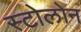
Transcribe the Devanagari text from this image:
स्टोलोन